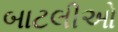
બાટલીઓ